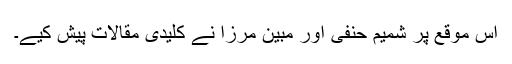
اس موقع پر شمیم حنفی اور مبین مرزا نے کلیدی مقالات پیش کیے۔